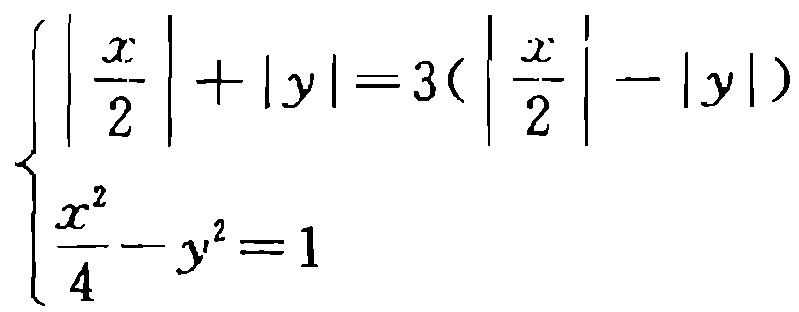
\[\begin{cases}

\left|\frac{x}{2}\right| + |y| = 3\left(\left|\frac{x}{2}\right| - |y|\right)\\

\frac{x^{2}}{4} - y^{2} = 1

\end{cases}\]